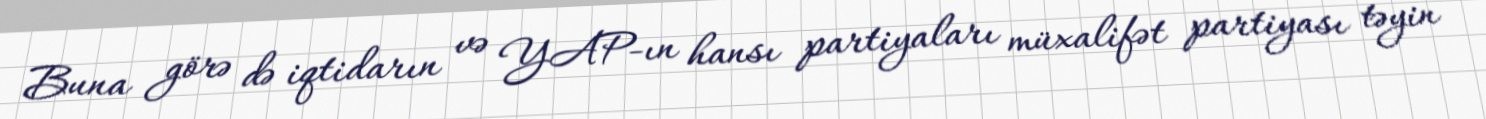
Buna görə də iqtidarın və YAP-ın hansı partiyaları müxalifət partiyası təyin